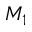
M _ { 1 }